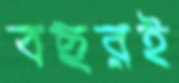
বছরই